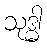
သုဒ္ဓါ